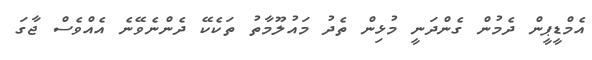
އެމްޑީޕީން ދެމުން ގެންދަނީ މުޅިން ތެދު މައުލޫމާތު ތަކެކޭ ދެންނެވޭނެ އެއްވެސް ޖާގަ